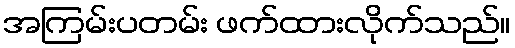
အကြမ်းပတမ်း ဖက်ထားလိုက်သည်။